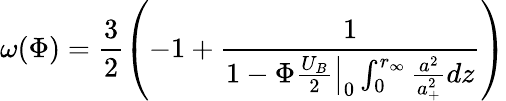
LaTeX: \omega(\Phi)=\frac{3}{2}\left(-1+\frac{1}{1-\left.\Phi\frac{U_{B}}{2}\right|_{0}\int_{0}^{r_{\infty}}\frac{a^{2}}{a_{+}^{2}}dz}\right)